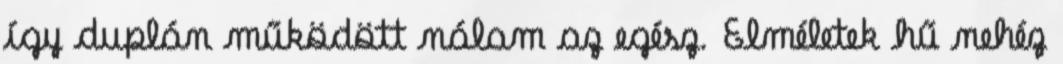
így duplán működött nálam az egész. Elméletek hű nehéz